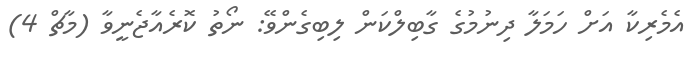
އެމެރިކާ އަށް ހަމަލާ ދިނުމުގެ ގާބިލްކަން ލިބިގެންވޭ: ނޯތު ކޮރެއާޖެނީވާ (މާޗް 4)